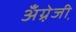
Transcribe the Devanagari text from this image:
अँग्रे़जी़